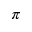
\pi